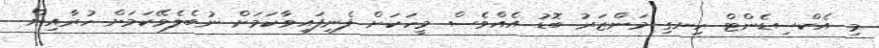
މި އެކްސިޑެންޓް ހިނގި މަންޒަރު ބޮޑު އެއްވެސް މީހަކަށް ފެނިފައިވާކަމަށް ނުބެލެވޭކަމަށް ހުރާއިން